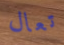
تعال